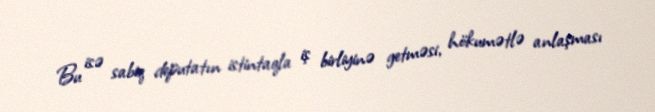
Bu isə sabiq deputatın istintaqla iş birliyinə getməsi, hökumətlə anlaşması